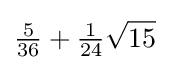
{\tfrac {5}{36}}+{\tfrac {1}{24}}{\sqrt {15}}